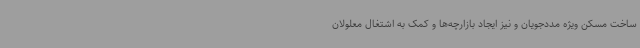
ساخت مسکن ویژه مددجویان و نیز ایجاد بازارچه‌ها و کمک به اشتغال معلولان